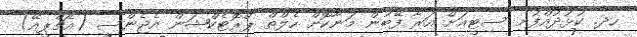
ހދ. ކުޅުދުއްފުށި ސިޓީއަށް އަރާ ފޭބުން މަނާކޮށް ހެލްތް ޕްރޮޓެކްޝަން އެޖެންސީ (އެޗްޕީއޭ)